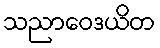
သညာဝေဒယိတ